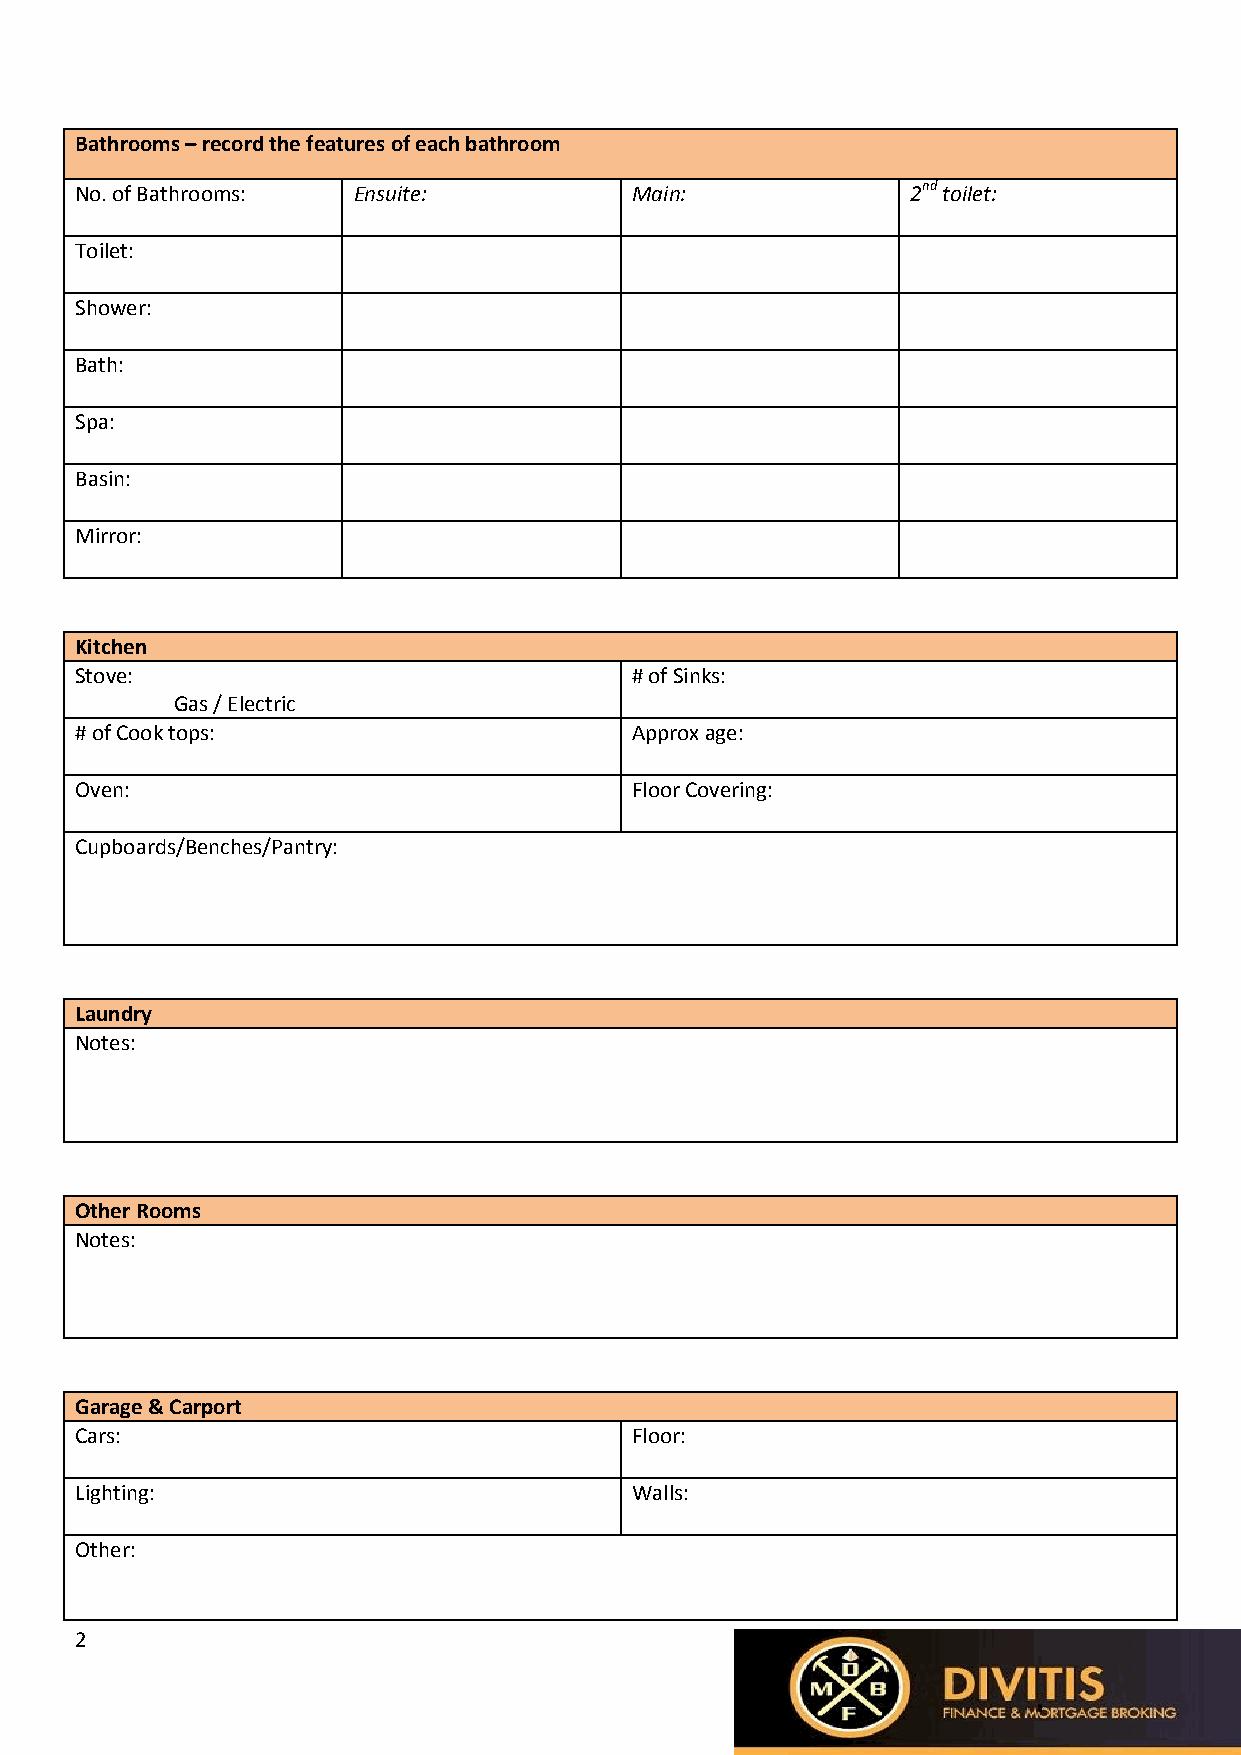
Bathrooms – record the features of each bathroom
 No. of Bathrooms: Ensuite:           Main:             2nd toilet:
 Toilet:
 Shower:
 Bath:
 Spa:
 Basin:
 Mirror:
 Kitchen
 Stove:                               # of Sinks:
 Gas / Electric
 # of Cook tops:                      Approx age:
 Oven:                                Floor Covering:
 Cupboards/Benches/Pantry:
 Laundry
 Notes:
 Other Rooms
 Notes:
 Garage & Carport
 Cars:                                Floor:
 Lighting:                            Walls:
 Other:
 2